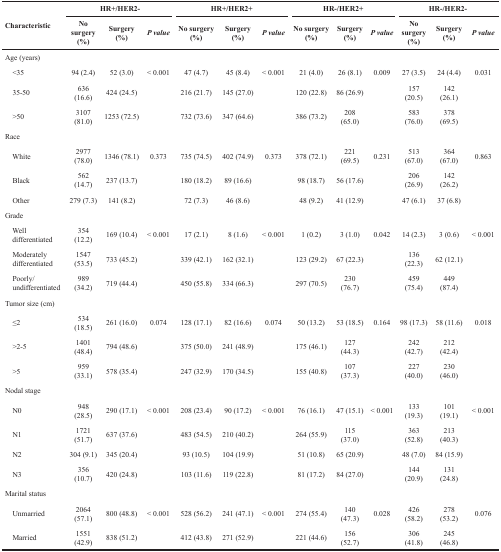
<table><thead><tr><td rowspan="2"><b>Characteristic</b></td><td colspan="3"><b>HR+/HER2-</b></td><td colspan="3"><b>HR+/HER2+</b></td><td colspan="3"><b>HR-/HER2+</b></td><td colspan="3"><b>HR-/HER2-</b></td></tr><tr><td><b>No surgery (%)</b></td><td><b>Surgery (%)</b></td><td><b><i>P value</i></b></td><td><b>No surgery (%)</b></td><td><b>Surgery (%)</b></td><td><b><i>P value</i></b></td><td><b>No surgery (%)</b></td><td><b>Surgery (%)</b></td><td><b><i>P value</i></b></td><td><b>No surgery (%)</b></td><td><b>Surgery (%)</b></td><td><b><i>P value</i></b></td></tr></thead><tbody><tr><td>Age (years)</td><td></td><td></td><td></td><td></td><td></td><td></td><td></td><td></td><td></td><td></td><td></td><td></td></tr><tr><td> &lt;35</td><td>94 (2.4)</td><td>52 (3.0)</td><td>&lt; 0.001</td><td>47 (4.7)</td><td>45 (8.4)</td><td>&lt; 0.001</td><td>21 (4.0)</td><td>26 (8.1)</td><td>0.009</td><td>27 (3.5)</td><td>24 (4.4)</td><td>0.031</td></tr><tr><td> 35-50</td><td>636 (16.6)</td><td>424 (24.5)</td><td></td><td>216 (21.7)</td><td>145 (27.0)</td><td></td><td>120 (22.8)</td><td>86 (26.9)</td><td></td><td>157 (20.5)</td><td>142 (26.1)</td><td></td></tr><tr><td> &gt;50</td><td>3107 (81.0)</td><td>1253 (72.5)</td><td></td><td>732 (73.6)</td><td>347 (64.6)</td><td></td><td>386 (73.2)</td><td>208 (65.0)</td><td></td><td>583 (76.0)</td><td>378 (69.5)</td><td></td></tr><tr><td>Race</td><td></td><td></td><td></td><td></td><td></td><td></td><td></td><td></td><td></td><td></td><td></td><td></td></tr><tr><td> White</td><td>2977 (78.0)</td><td>1346 (78.1)</td><td>0.373</td><td>735 (74.5)</td><td>402 (74.9)</td><td>0.373</td><td>378 (72.1)</td><td>221 (69.5)</td><td>0.231</td><td>513 (67.0)</td><td>364 (67.0)</td><td>0.863</td></tr><tr><td> Black</td><td>562 (14.7)</td><td>237 (13.7)</td><td></td><td>180 (18.2)</td><td>89 (16.6)</td><td></td><td>98 (18.7)</td><td>56 (17.6)</td><td></td><td>206 (26.9)</td><td>142 (26.2)</td><td></td></tr><tr><td> Other</td><td>279 (7.3)</td><td>141 (8.2)</td><td></td><td>72 (7.3)</td><td>46 (8.6)</td><td></td><td>48 (9.2)</td><td>41 (12.9)</td><td></td><td>47 (6.1)</td><td>37 (6.8)</td><td></td></tr><tr><td>Grade</td><td></td><td></td><td></td><td></td><td></td><td></td><td></td><td></td><td></td><td></td><td></td><td></td></tr><tr><td> Well differentiated</td><td>354 (12.2)</td><td>169 (10.4)</td><td>&lt; 0.001</td><td>17 (2.1)</td><td>8 (1.6)</td><td>&lt; 0.001</td><td>1 (0.2)</td><td>3 (1.0)</td><td>0.042</td><td>14 (2.3)</td><td>3 (0.6)</td><td>&lt; 0.001</td></tr><tr><td> Moderately differentiated</td><td>1547 (53.5)</td><td>733 (45.2)</td><td></td><td>339 (42.1)</td><td>162 (32.1)</td><td></td><td>123 (29.2)</td><td>67 (22.3)</td><td></td><td>136 (22.3)</td><td>62 (12.1)</td><td></td></tr><tr><td> Poorly/undifferentiated</td><td>989 (34.2)</td><td>719 (44.4)</td><td></td><td>450 (55.8)</td><td>334 (66.3)</td><td></td><td>297 (70.5)</td><td>230 (76.7)</td><td></td><td>459 (75.4)</td><td>449 (87.4)</td><td></td></tr><tr><td>Tumor size (cm)</td><td></td><td></td><td></td><td></td><td></td><td></td><td></td><td></td><td></td><td></td><td></td><td></td></tr><tr><td> ≤2</td><td>534 (18.5)</td><td>261 (16.0)</td><td>0.074</td><td>128 (17.1)</td><td>82 (16.6)</td><td>0.074</td><td>50 (13.2)</td><td>53 (18.5)</td><td>0.164</td><td>98 (17.3)</td><td>58 (11.6)</td><td>0.018</td></tr><tr><td> &gt;2-5</td><td>1401 (48.4)</td><td>794 (48.6)</td><td></td><td>375 (50.0)</td><td>241 (48.9)</td><td></td><td>175 (46.1)</td><td>127 (44.3)</td><td></td><td>242 (42.7)</td><td>212 (42.4)</td><td></td></tr><tr><td> &gt;5</td><td>959 (33.1)</td><td>578 (35.4)</td><td></td><td>247 (32.9)</td><td>170 (34.5)</td><td></td><td>155 (40.8)</td><td>107 (37.3)</td><td></td><td>227 (40.0)</td><td>230 (46.0)</td><td></td></tr><tr><td>Nodal stage</td><td></td><td></td><td></td><td></td><td></td><td></td><td></td><td></td><td></td><td></td><td></td><td></td></tr><tr><td> N0</td><td>948 (28.5)</td><td>290 (17.1)</td><td>&lt; 0.001</td><td>208 (23.4)</td><td>90 (17.2)</td><td>&lt; 0.001</td><td>76 (16.1)</td><td>47 (15.1)</td><td>&lt; 0.001</td><td>133 (19.3)</td><td>101 (19.1)</td><td>&lt; 0.001</td></tr><tr><td> N1</td><td>1721 (51.7)</td><td>637 (37.6)</td><td></td><td>483 (54.5)</td><td>210 (40.2)</td><td></td><td>264 (55.9)</td><td>115 (37.0)</td><td></td><td>363 (52.8)</td><td>213 (40.3)</td><td></td></tr><tr><td> N2</td><td>304 (9.1)</td><td>345 (20.4)</td><td></td><td>93 (10.5)</td><td>104 (19.9)</td><td></td><td>51 (10.8)</td><td>65 (20.9)</td><td></td><td>48 (7.0)</td><td>84 (15.9)</td><td></td></tr><tr><td> N3</td><td>356 (10.7)</td><td>420 (24.8)</td><td></td><td>103 (11.6)</td><td>119 (22.8)</td><td></td><td>81 (17.2)</td><td>84 (27.0)</td><td></td><td>144 (20.9)</td><td>131 (24.8)</td><td></td></tr><tr><td>Marital status</td><td></td><td></td><td></td><td></td><td></td><td></td><td></td><td></td><td></td><td></td><td></td><td></td></tr><tr><td> Unmarried</td><td>2064 (57.1)</td><td>800 (48.8)</td><td>&lt; 0.001</td><td>528 (56.2)</td><td>241 (47.1)</td><td>&lt; 0.001</td><td>274 (55.4)</td><td>140 (47.3)</td><td>0.028</td><td>426 (58.2)</td><td>278 (53.2)</td><td>0.076</td></tr><tr><td> Married</td><td>1551 (42.9)</td><td>838 (51.2)</td><td></td><td>412 (43.8)</td><td>271 (52.9)</td><td></td><td>221 (44.6)</td><td>156 (52.7)</td><td></td><td>306 (41.8)</td><td>245 (46.8)</td><td></td></tr></tbody></table>